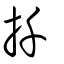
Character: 扦